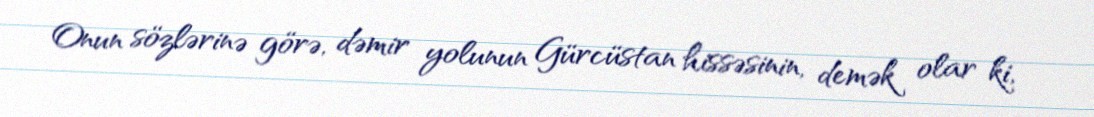
Onun sözlərinə görə, dəmir yolunun Gürcüstan hissəsinin, demək olar ki,